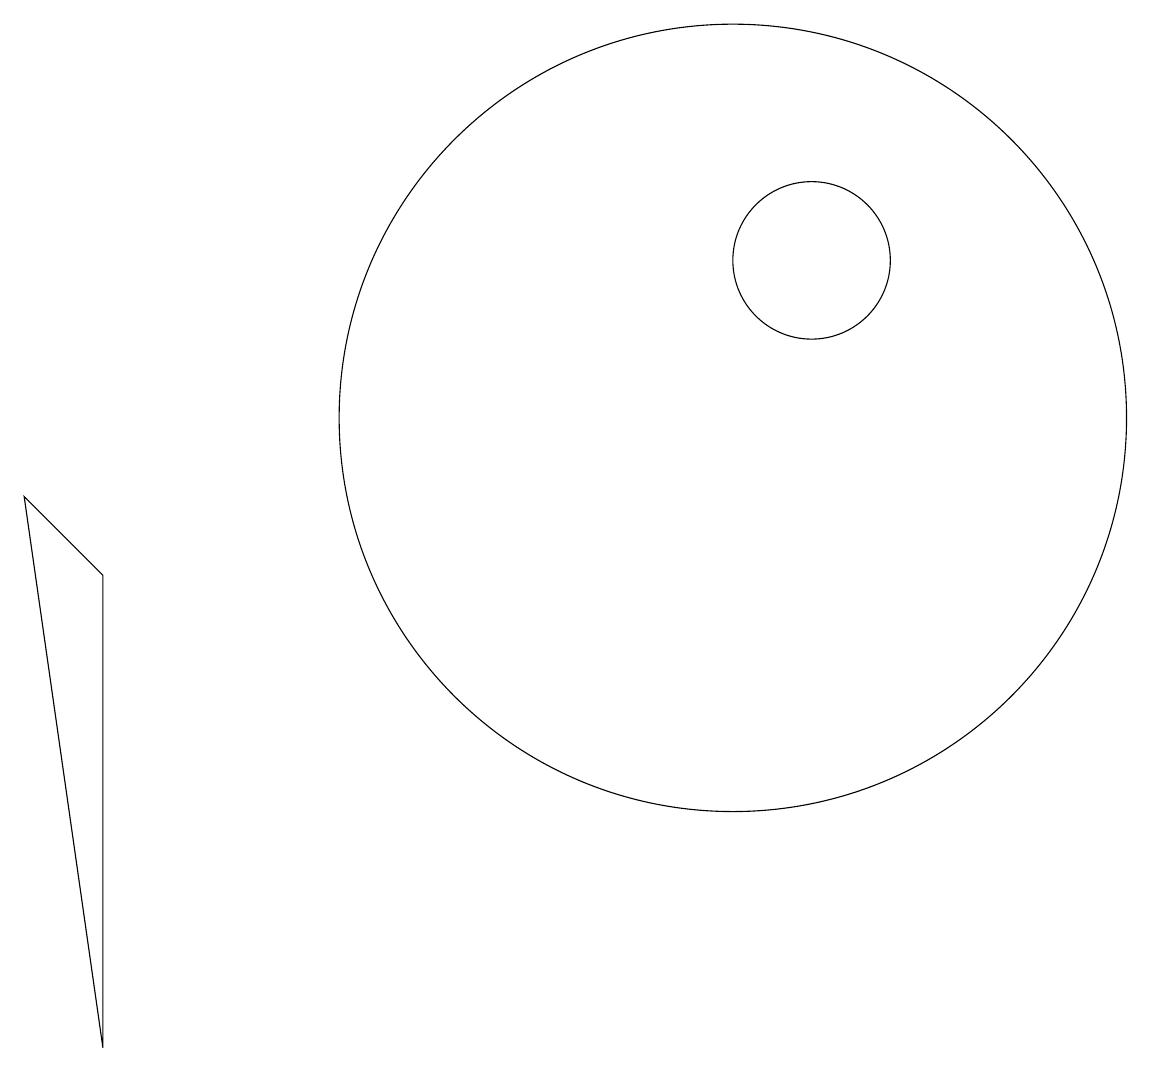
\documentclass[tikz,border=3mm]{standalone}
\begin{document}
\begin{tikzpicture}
\draw (2,2) -- (1,9) -- (2,8) -- cycle;
\draw (11,12) circle (1);
\draw (10,10) circle (5);
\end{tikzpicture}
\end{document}